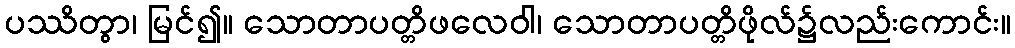
ပဿိတွာ၊ မြင်၍။ သောတာပတ္တိဖလေဝါ၊ သောတာပတ္တိဖိုလ်၌လည်းကောင်း။